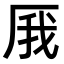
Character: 𠩙